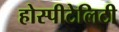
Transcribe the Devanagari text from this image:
होस्पीटेलिटी